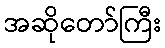
အဆိုတော်ကြီး